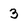
Character: 3